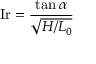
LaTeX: \mathrm { I r } = { \frac { \tan \alpha } { \sqrt { H / L _ { 0 } } } }